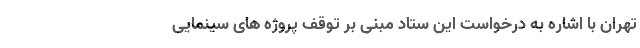
تهران با اشاره به درخواست این ستاد مبنی بر توقف پروژه های سینمایی